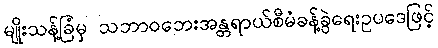
မျိုးသန့်ခြံမှ သဘာဝဘေးအန္တရာယ်စီမံခန့်ခွဲရေးဥပဒေဖြင့်